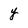
Character: y